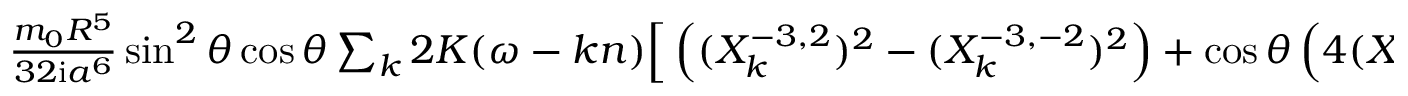
\begin{array} { r l r } { \left\langle \frac { I _ { 1 3 } } { 2 } \sin \theta \cos \theta \, \frac { 1 - \cos 2 w } { r ^ { 3 } } \right\rangle _ { M , \varpi } = } & { { } } & { } \\ { \frac { m _ { 0 } R ^ { 5 } } { 3 2 \mathrm { i } a ^ { 6 } } \sin ^ { 2 } \theta \cos \theta \sum _ { k } 2 K ( \omega - k n ) \Big [ \left( ( X _ { k } ^ { - 3 , 2 } ) ^ { 2 } - ( X _ { k } ^ { - 3 , - 2 } ) ^ { 2 } \right) + \cos \theta \left( 4 ( X _ { k } ^ { - 3 , 0 } ) ^ { 2 } + ( X _ { k } ^ { - 3 , 2 } ) ^ { 2 } + ( X _ { k } ^ { - 3 , - 2 } ) ^ { 2 } \right) \Big ] } \end{array}